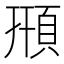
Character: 𩒖